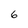
Character: 6